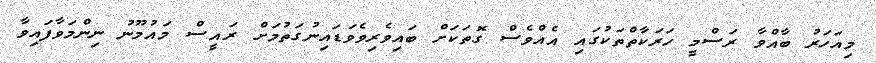
މިއަހަރު ބާއްވާ ރަސްމީ ހަރަކާތްތަކުގައި އެއްވެސް ގޮތަކަށް ބައިވެރިވެވަޑައިނުގަތުމަށް ރައީސް މައުމޫނު ނިންމަވާފައިވާ